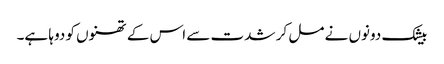
بیشک دونوں نے مل کر شدت سے اس کے تھنوں کو دوہا ہے۔